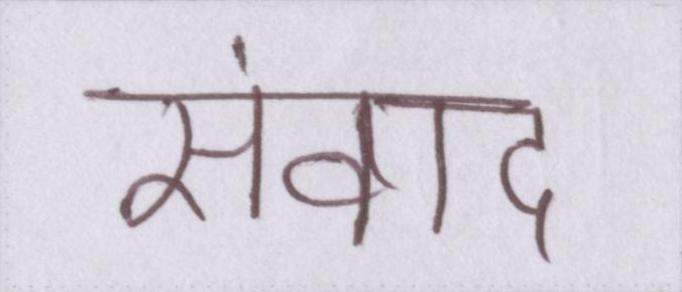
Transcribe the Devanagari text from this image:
संवाद